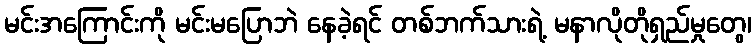
မင်းအကြောင်းကို မင်းမပြောဘဲ နေခဲ့ရင် တစ်ဘက်သားရဲ့ မနာလိုတိုရှည်မှုတွေ၊